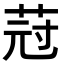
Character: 𦯿